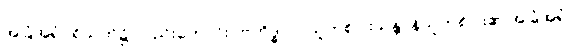
အခြံအရံပရိသတ်၌ လည်းကောင်း။ ဗဟိဒ္ဓ ဝါ၊ သူတစ်ပါးသန္တာန်သူတစ်ပါး၏ အခြံအရံ